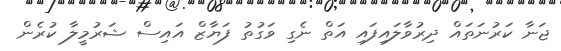
ޖަނާ ކަރުނަތައް ދިރުވާލައިފައި އަތް ނެގި ވަގުތު ފަޔާޒް އައިސް ޝަރުމީލާ ކުރެން